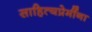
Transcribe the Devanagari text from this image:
साहित्यप्रेमींना